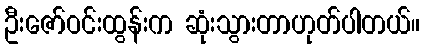
ဦးဇော်ဝင်းထွန်းက ဆုံးသွားတာဟုတ်ပါတယ်။